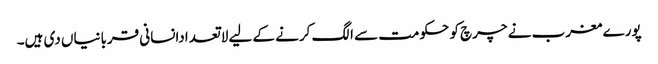
پورے مغرب نے چرچ کو حکومت سے الگ کرنے کے لیے لاتعدادانسانی قربانیاں دی ہیں۔